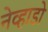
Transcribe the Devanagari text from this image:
नेव्हाडो